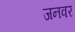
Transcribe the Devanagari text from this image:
जनवर